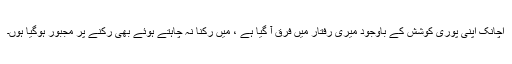
اچانک اپنی پوری کوشش کے باوجود میری رفتار میں فرق آ گیا ہے ، میں رکنا نہ چاہتے ہوئے بھی رکنے پر مجبور ہوگیا ہوں۔